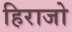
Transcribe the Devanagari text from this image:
हिराजो